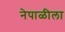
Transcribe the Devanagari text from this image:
नेपाळीला